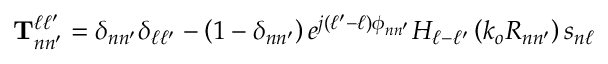
\mathbf { T } _ { n n ^ { \prime } } ^ { \ell \ell ^ { \prime } } = \delta _ { n n ^ { \prime } } \delta _ { \ell \ell ^ { \prime } } - \left( 1 - \delta _ { n n ^ { \prime } } \right) e ^ { j \left( \ell ^ { \prime } - \ell \right) \phi _ { n n ^ { \prime } } } H _ { \ell - \ell ^ { \prime } } \left( k _ { o } R _ { n n ^ { \prime } } \right) s _ { n \ell }